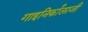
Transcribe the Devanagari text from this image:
गाइनिर्कांलाजी